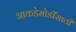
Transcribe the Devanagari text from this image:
आकडेमोडींसाठी